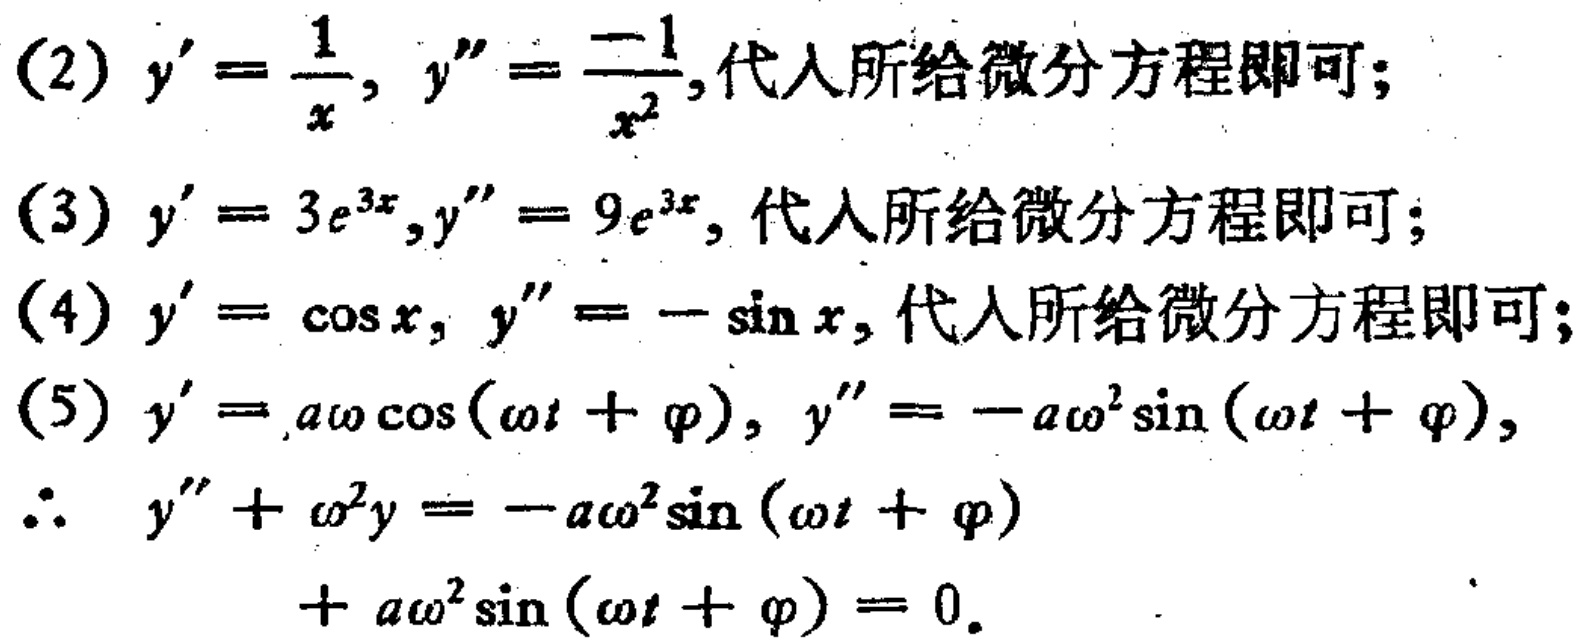
(2) \(y' = \frac{1}{x}, y'' = \frac{-1}{x^{2}}\), 代入所给微分方程即可；
(3) \(y' = 3e^{3x},y'' = 9e^{3x}\), 代入所给微分方程即可；
(4) \(y' = \cos x, y'' = -\sin x\), 代入所给微分方程即可；
(5) \(y' = a\omega\cos(\omega t + \varphi), y'' = -a\omega^{2}\sin(\omega t + \varphi)\),
\(\therefore y'' + \omega^{2}y = -a\omega^{2}\sin(\omega t + \varphi)\)
\(+ a\omega^{2}\sin(\omega t + \varphi) = 0\).